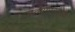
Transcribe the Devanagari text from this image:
वामप्रस्थाश्रम